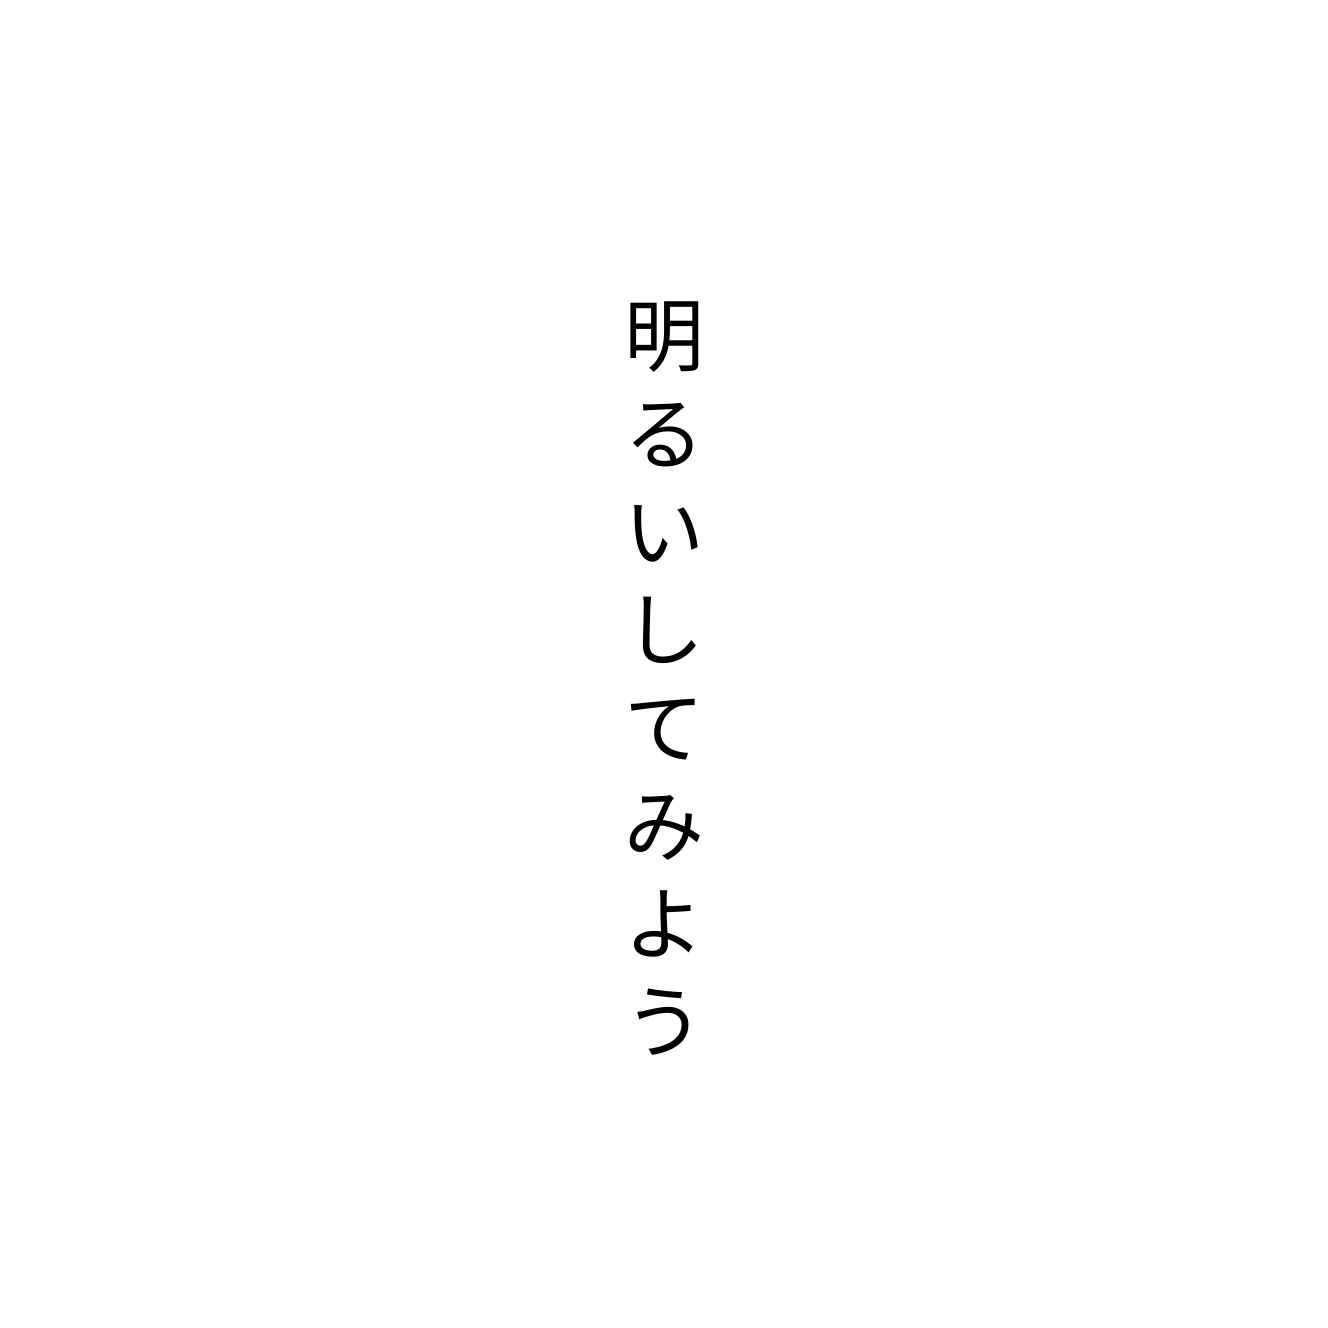
明るいしてみよう